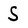
Character: S